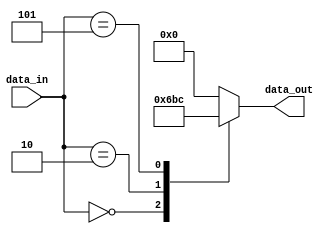
module behavioral_modeling(
    input wire [3:0] data_in,
    output reg [3:0] data_out
);

always @(*)
begin
    casez(data_in)
        4'b0000: data_out <= 4'b0110; // Case 1
        4'b0010: data_out <= 4'b1011; // Case 2
        4'b0101: data_out <= 4'b1100; // Case 3
        default: data_out <= 4'b0000; // Default case
    endcase
end

endmodule